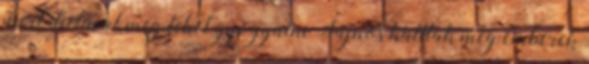
mert dietaval meg lehet gyogyulni Sajnos halltak meg emberek